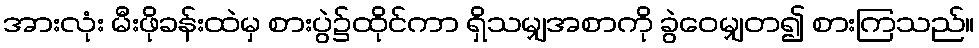
အားလုံး မီးဖိုခန်းထဲမှ စားပွဲ၌ထိုင်ကာ ရှိသမျှအစာကို ခွဲဝေမျှတ၍ စားကြသည်။